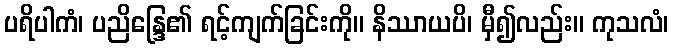
ပရိပါကံ၊ ပညိန္ဒြေ၏ ရင့်ကျက်ခြင်းကို။ နိဿာယပိ၊ မှီ၍လည်း။ ကုသလံ၊